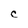
Character: C